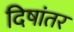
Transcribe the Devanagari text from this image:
दिषांतर